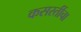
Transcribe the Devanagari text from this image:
कसरतींचा